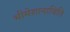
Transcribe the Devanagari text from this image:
भीमेशानाविति